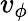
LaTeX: v_{\phi}